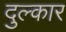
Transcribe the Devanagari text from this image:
दुल्कार